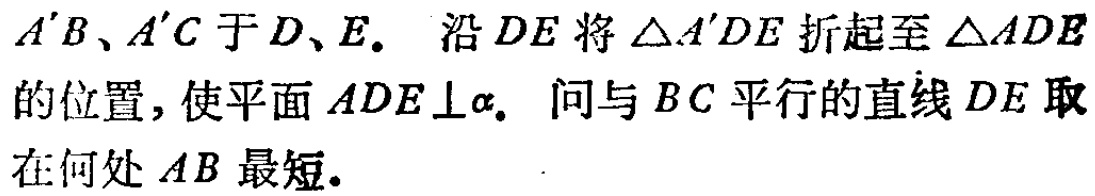
$A'B、A'C$于$D、E.$ 沿$DE$将$\triangle A'DE$折起至$\triangle ADE$的位置，使平面$ADE\perp\alpha.$ 问与$BC$平行的直线$DE$取在何处$AB$最短.